Senior Leaving Certificate Examination (including Day School Certificate (Higher) General paper), 1949
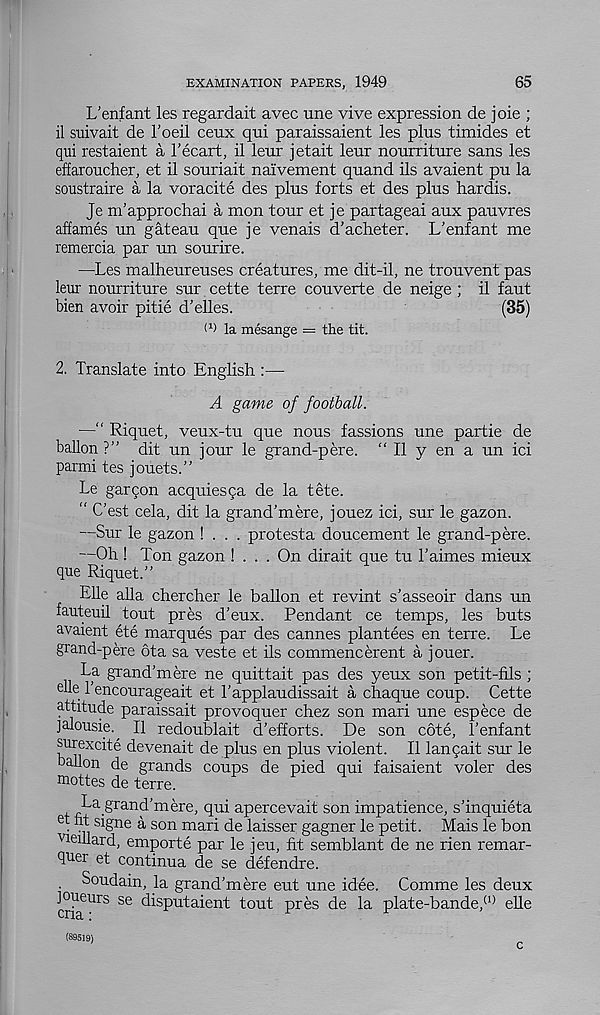
EXAMINATION PAPERS, 1949
65
L’enfant les regardait avec une vive expression de joie ;
il suivait de Foeil ceux qui paraissaient les plus timides et
qui restaient a I’ecart, il leur jetait leur nourriture sans les
effaroucher, et il souriait naivement qnand ils avaient pu la
soustraire a la voracite des plus forts et des plus hardis.
Je m’approchai a mon tour et je partageai aux pauvres
affames un gateau que je venais d’acheter. L’enfant me
remercia par un sourire.
—Les malheureuses creatures, me dit-il, ne trouvent pas
leur nourriture sur cette terre couverte de neige ; il faut
bien avoir pitie d’elles.
(35)
t 1 ) la mesange = the tit.
2. Translate into English :—
A game of football.
—“ Riquet, veux-tu que nous fassions une partie de
ballon ?” dit un jour le grand-pere. “ Il y en a un ici
parmi tes jouets.”
Le gar con acquiesga de la tete.
“ C’est cela, dit la grand’mere, jouez ici, sur le gazon.
—Sur le gazon ! . . . protesta doucement le grand-pere.
—Oh! Ton gazon ! . . . On dirait que tu Taimes mieux
que Riquet.”
Elle alia chercher le ballon et revint s’asseoir dans un
fauteuil tout pres d’eux. Pendant ce temps, les buts
avaient ete marques par des Cannes plantees en terre. Le
grand-pere ota sa veste et ils commencerent a jouer.
La grand’mere ne quittait pas des yeux son petit-fils ;
die 1’encourageait et 1’applaudissait a chaque coup. Cette
attitude paraissait provoquer chez son mari une espece de
jalousie.^ Il redoublait d’efforts. De son cote, Tenfant
surexcite devenait de plus en plus violent. Il langait sur le
ballon de grands coups de pied qui faisaient voler des
mottes de terre.
La.grand’mere, qui apercevait son impatience, s’inquieta
et fit signe a son mari de laisser gagner le petit. Mais le bon
vieulard, emporte par le jeu, fit semblant de ne rien remar-
quer et continua de se defendre.
• Soudain, la grand’mere eut une idee. Comme les deux
cria UrS 36
P r, es de la plate-bande, (1) elle
(89519)